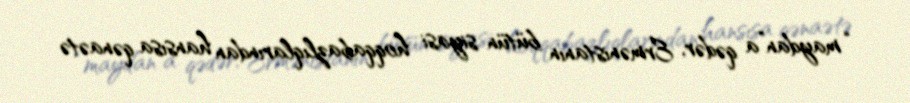
“maydan”a qədər, Ermənistanın bütün siyasi hoqqabazlıqlarından hansısa qənaətə